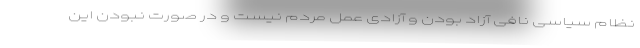
نظام سیاسی نافی آزاد بودن و آزادی عمل مردم نیست و در صورت نبودن این